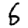
Digit: 6